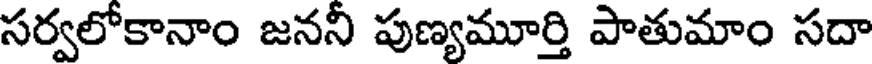
సర్వలోకానాం జననీ పుణ్యమూర్తి పాతుమాం సదా